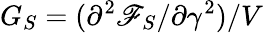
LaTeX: G_{S}=(\partial^{2}\mathscr{F}_{S}/\partial\gamma^{2})/V